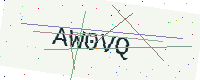
Text: AW0VQ